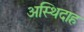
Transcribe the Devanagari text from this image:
अस्थिदाह